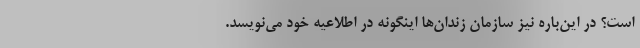
است؟ در این‌باره نیز سازمان زندان‌ها اینگونه در اطلاعیه خود می‌نویسد.